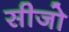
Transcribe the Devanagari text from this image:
सीजो